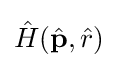
{\hat {H}}({\hat {\mathbf {p} }},{\hat {r}})